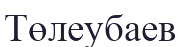
Төлеубаев